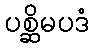
ပစ္ဆိမပဒံ